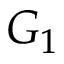
G _ { 1 }